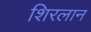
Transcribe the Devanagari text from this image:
शिरलान